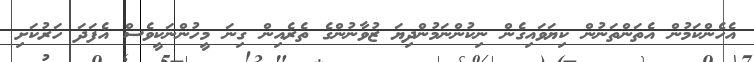
އެހެންކަމުން އެތަންތަނުން ކިޔަވައިގެން ނިކުންނަމުންދިޔަ ޒުވާނުންގެ ތެރެއިން ގިނަ މީހުންނަކީވެސް އެފަދަ ހަރުކަށި